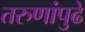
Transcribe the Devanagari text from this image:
तरुणांपुढे